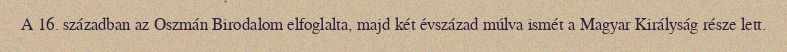
A 16. században az Oszmán Birodalom elfoglalta, majd két évszázad múlva ismét a Magyar Királyság része lett.